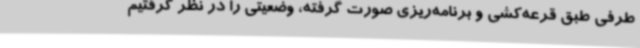
طرفی طبق قرعه‌کشی و برنامه‌ریزی صورت گرفته، وضعیتی را در نظر گرفتیم